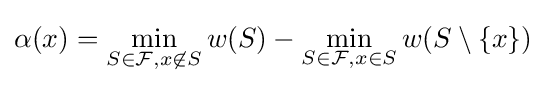
\alpha (x)=\min _{S\in {\mathcal {F}},x\not \in S}w(S)-\min _{S\in {\mathcal {F}},x\in S}w(S\setminus \{x\})